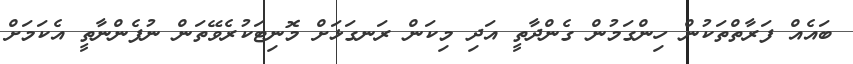
ބައެއް ފަރާތްތަކުން ހިންގަމުން ގެންދާތީ އަދި މިކަން ރަނގަޅަށް މޮނިޓަކުރެވޭތަން ނުފެންނާތީ އެކަމަށް